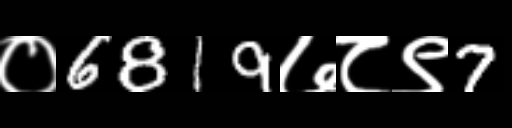
Text: ०6819७८९7